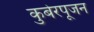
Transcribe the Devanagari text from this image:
कुबेरपूजन